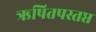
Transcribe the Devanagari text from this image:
ऋषितपस्तप्त